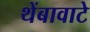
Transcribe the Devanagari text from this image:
थेंबावाटे